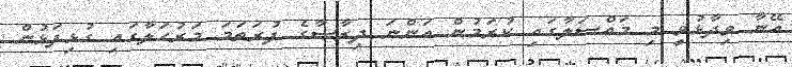
އޭނާ ވިދާޅުވީ މި މައްސަލާގައި ކުރަމުން އަންނަ ދިރާސާގެ ފުރަތަމަ މަރުހަލާގައި ގުޅިފަޅުން